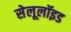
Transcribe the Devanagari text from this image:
सेलूलॉइड